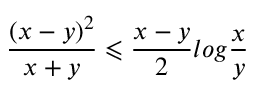
\frac { ( x - y ) ^ { 2 } } { x + y } \leqslant \frac { x - y } { 2 } l o g \frac { x } { y }